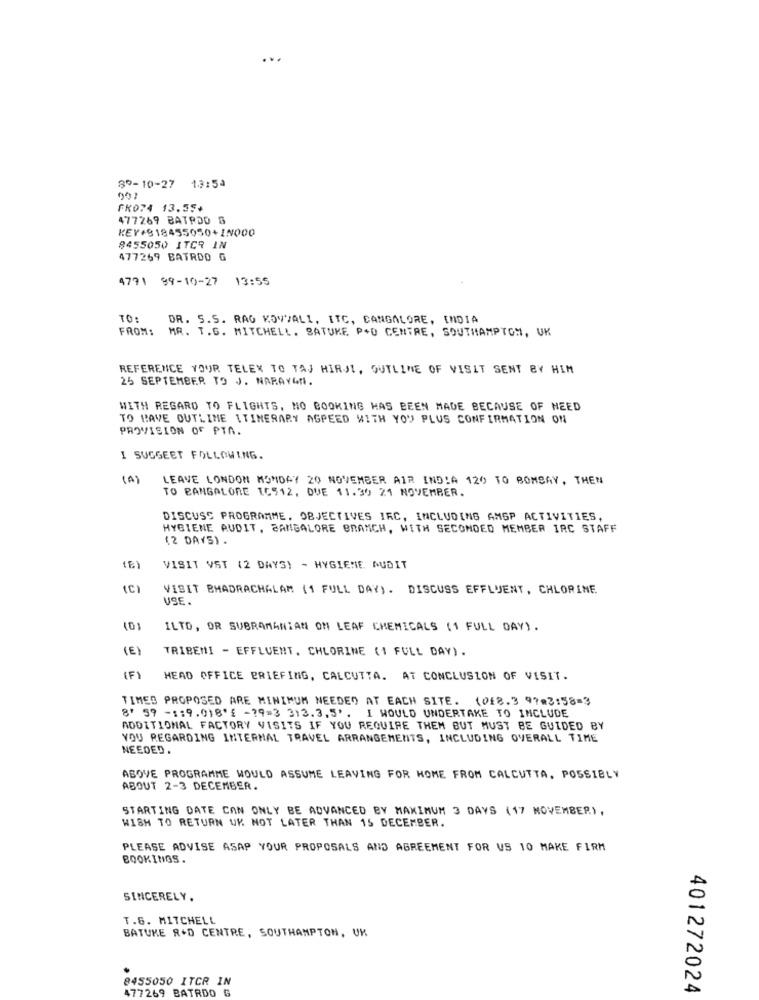
...
3º- 10-27 13:54
FK074 13.35+
477269 BATROD S
KEY+818455050+IN000
8455050 ITCR IN
477269 BATRDO G
4771 99-10-27 13:55
TO:
DR. S.5. RAG KOVALI, ITC, CANGALORE, INDIA
FROM:
MR. T. G. MITCHELL. SATURE P+D CENTRE, SOUTHAMPTON, UK
REFERENCE YOUR TELEX TO TAJ HIRJI, OUTLINE OF VISIT SENT BY HIM
25 SEPTEMBER TO J. NARAYAN.
WITH REGARD TO FLIGHTS, NO BOOKING HAS BEEN MADE BECAUSE OF NEED
TO HAVE OUTLIME ITINERARY AGREED WITH YOU PLUS CONFIRMATION ON
PROVISION OF PTA.
I SUGGEST FOLLOWING.
(A)
LEAVE LONDON MONDAY 20 NOVEMBER AIR INDIA 120 TO BOMBAY, THEN
TO BANGALORE 16512, DUE 11.30 21 NOVEMBER.
DISCUSS PROGRAMME. OBJECTIVES IRC, INCLUDING AMSP ACTIVITIES,
HYGIENE AUDIT, BANGALORE BRANCH, WITH SECONDED MEMBER IRC STAFF
(2 DAYS).
VISIT VST (2 DAYS) - HYGIENE AUDIT
(C)
VISIT BMADRACHALAM (1 FULL DAY) . DISCUSS EFFLUENT, CHLORINE
USE.
(0)
ILTO, OR SUBRAMANIAN OM LEAF CHEMICALS (1 FULL DAY).
(E)
TRIBEMI - EFFLUENT, CHLORINE (1 FULL DAY).
(F)
HEAD OFFICE BRIEFING, CALCUTTA. AT CONCLUSION OF VISIT.
TIMED PROPOSED ARE MINIMUM NEEDED AT EACH SITE. (018.3 97.3:58=3
8' 59 -1:9.018'f -? 9=3 313.3.5'. I WOULD UNDERTAKE TO INCLUDE
ADDITIONAL FACTORY VISITS IF YOU REQUIRE THEM BUT MUST BE GUIDED BY
YOU REGARDING INTERNAL TRAVEL ARRANGEMENTS, INCLUDING OVERALL TIME
NEEDED.
ABOVE PROGRAMME WOULD ASSUME LEAVING FOR HOME FROM CALCUTTA, POSSIBLY
ABOUT 2-3 DECEMBER.
STARTING DATE CAN ONLY BE ADVANCED BY MAXIMUM 3 DAYS (17 NOVEMBER) ,
WISH TO RETURN UK NOT LATER THAN 15 DECEMBER.
PLEASE ADVISE ASAP YOUR PROPOSALS AND AGREEMENT FOR US 10 MAKE FIRM
BOOKINGS.
SINCERELY.
T.6. MITCHELL
BATUKE R+D CENTRE, SOUTHAMPTON, UK
8455050 ITCR IN
477269 BATRDO G
401272024